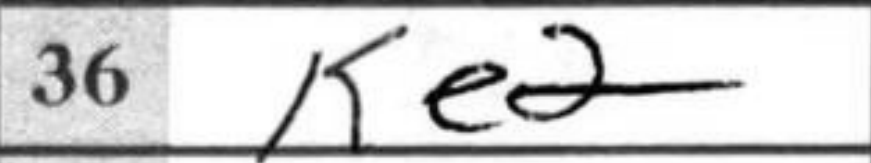
Transcription: Ke2